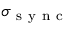
\sigma _ { \mathrm { ~ s ~ y ~ n ~ c ~ } }